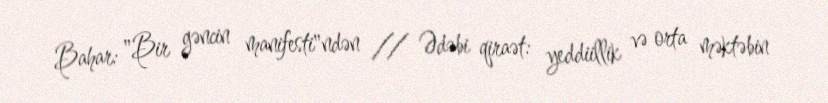
Bahar: "Bir gəncin manifesti"ndən // Ədəbi qiraət: yeddiillik və orta məktəbin